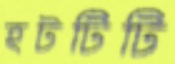
হটটিটি